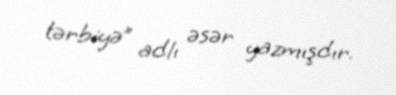
tərbiyə” adlı əsər yazmışdır.